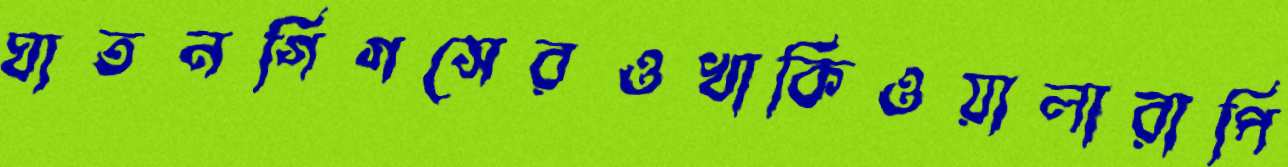
ঘাতনগিগসেরওখাকিওয়ালারাপি